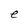
Character: e